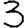
Digit: 3